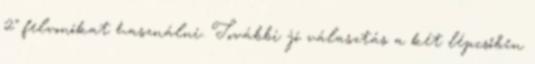
2" felvonókat használni. További jó választás a két lépcsőben